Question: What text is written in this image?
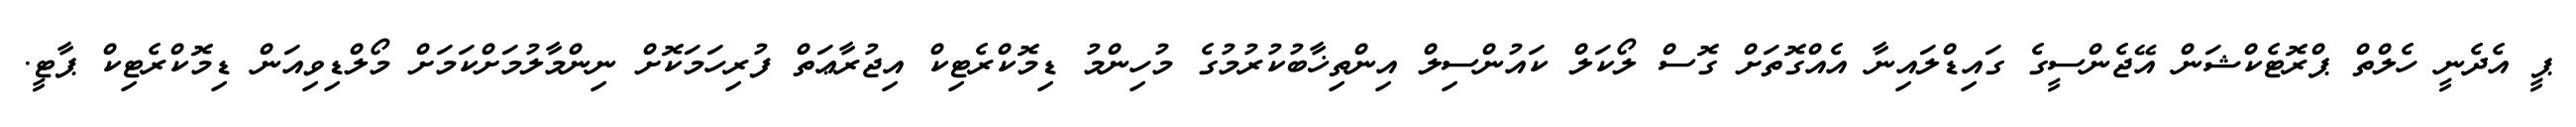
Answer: ޕީ އެދެނީ ހެލްތް ޕްރޮޓެކްޝަން އޭޖެންސީގެ ގައިޑްލައިނާ އެއްގޮތަށް ގޮސް ލޯކަލް ކައުންސިލް އިންތިޚާބުކުރުމުގެ މުހިންމު ޑިމޮކްރެޓިކް އިޖުރާޢަތް ފުރިހަމަކޮށް ނިންމާލުމަށްކަމަށް މޯލްޑިވިއަން ޑިމޮކްރެޓިކް ޕާޓީ.